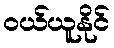
ဝယ်ယူနိုင်